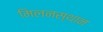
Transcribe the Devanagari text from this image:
मिलनस्थान